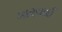
કારવાઈ